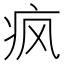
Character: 疯